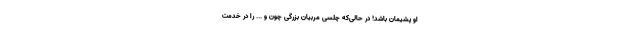
او پشیمان باشد! در حالی‌که چلسی مربیان بزرگی چون و ... را در خدمت